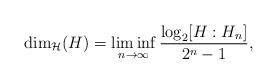
LaTeX: \begin{align*}\dim_{\mathcal{H}}(H) = \liminf_{n \rightarrow \infty} \frac{\log_2 [H:H_n]}{2^n-1},\end{align*}